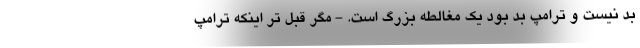
بد نیست و ترامپ بد بود یک مغالطه بزرگ است. - مگر قبل تر اینکه ترامپ